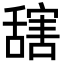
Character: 𦧮